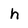
Character: h